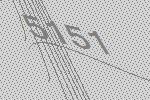
5151